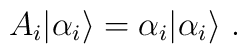
A_i |{\alpha_i}\rangle = \alpha_i |{\alpha_i}\rangle \ .